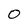
Character: O